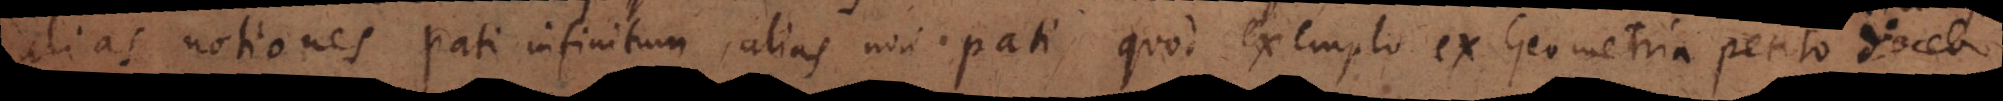
alias notiones pati infinitum, alias non pati, quod exemplo ex Geometria petito